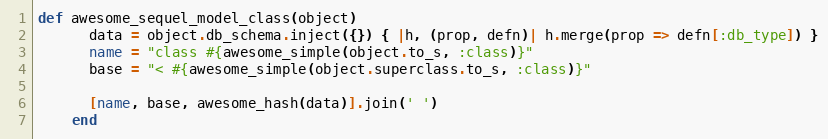
Language: Ruby
def awesome_sequel_model_class(object)
      data = object.db_schema.inject({}) { |h, (prop, defn)| h.merge(prop => defn[:db_type]) }
      name = "class #{awesome_simple(object.to_s, :class)}"
      base = "< #{awesome_simple(object.superclass.to_s, :class)}"

      [name, base, awesome_hash(data)].join(' ')
    end